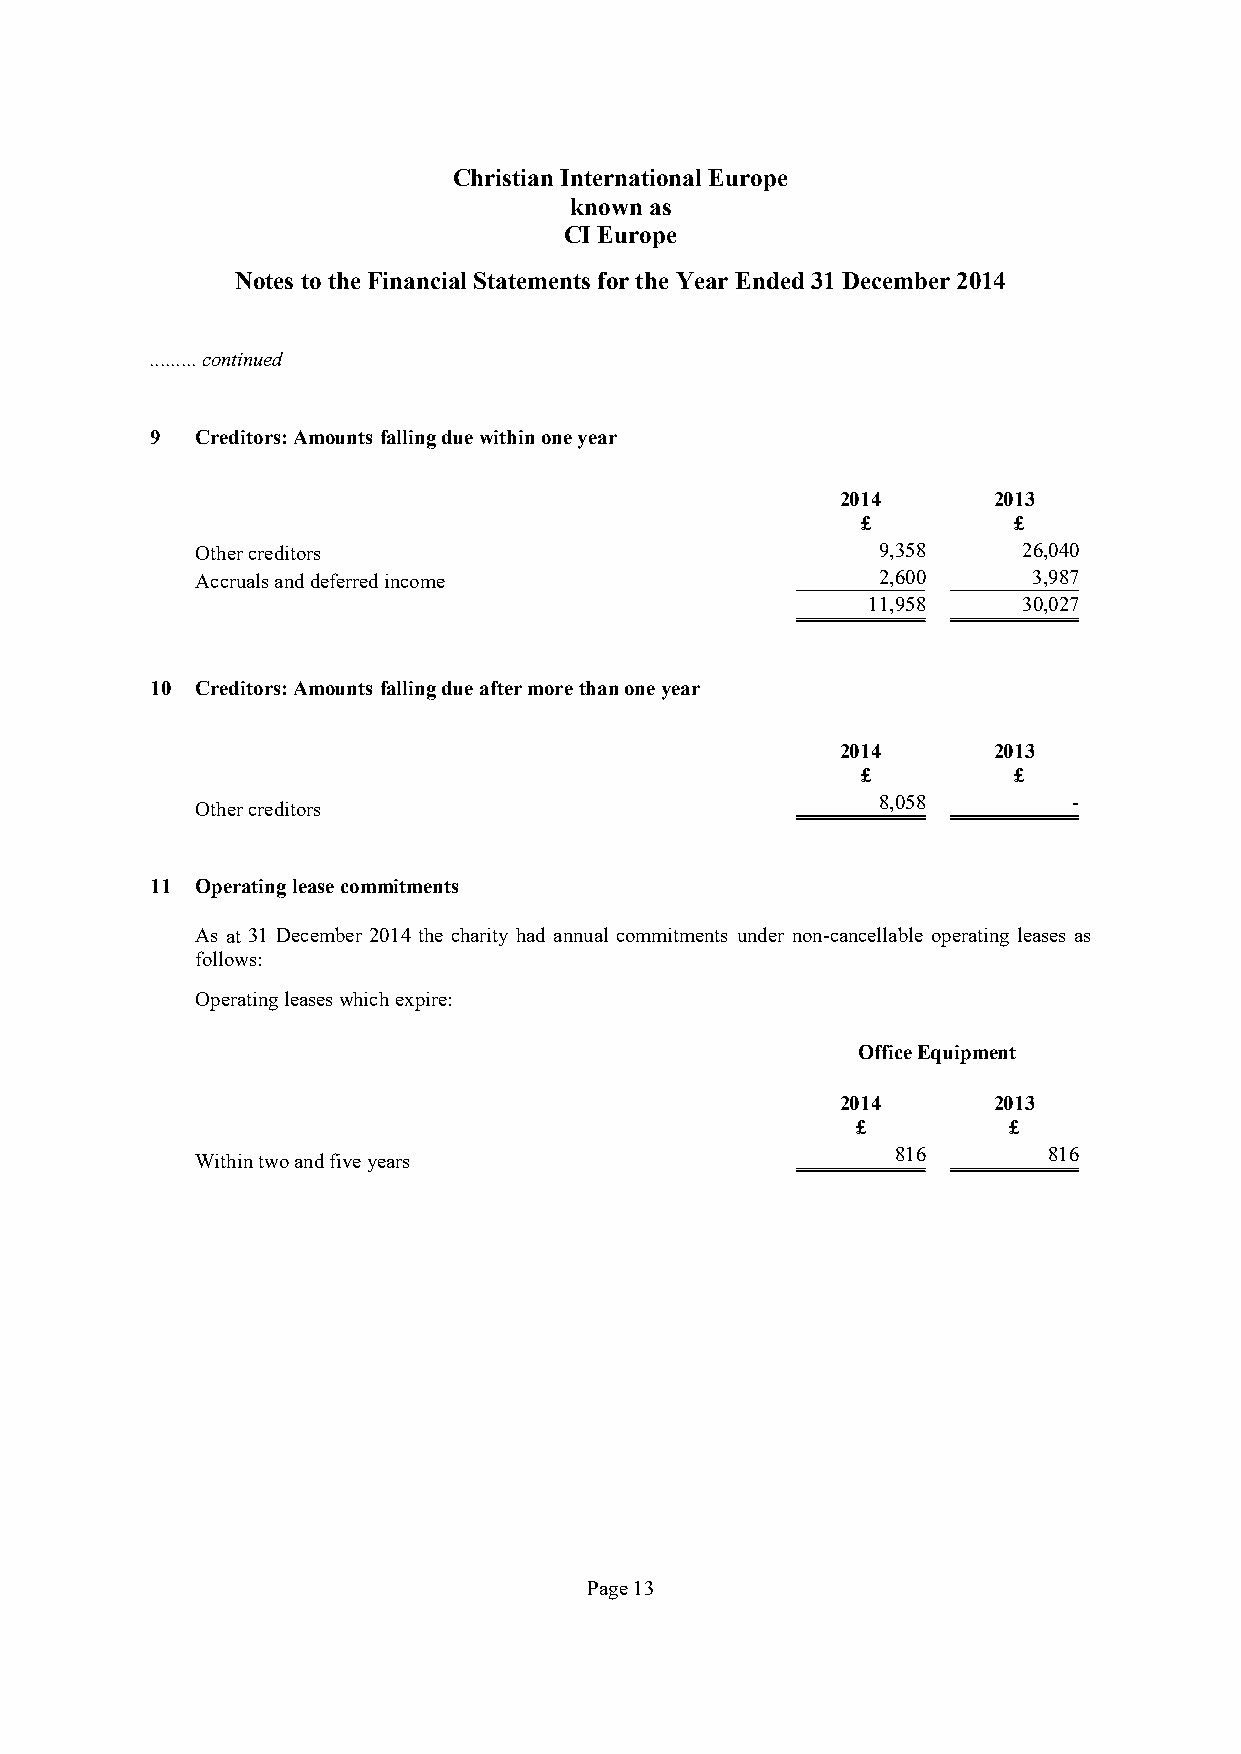
Christian International Europe
 known as
 CI Europe
 Notes to the Financial Statements for the Year Ended31 December 2014
 .........continued
 9  Creditors:Amountsfallingduewithinoneyear
 2014      2013
 £         £
 Other creditors                              9,358     26,040
 Accruals and deferred income                 2,600     3,987
 11,958     30,027
 10 Creditors:Amountsfallingdueaftermorethanoneyear
 2014      2013
 £         £
 8,058        -
 Other creditors
 11 Operatingleasecommitments
 As at 31 December 2014 the charity had annual commitments under non-cancellable operating leases as
 follows:
 Operatingleaseswhichexpire:
 Office Equipment
 2014      2013
 £         £
 816       816
 Within two and five years
 Page13